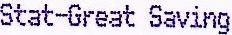
STAT-GREAT SAVING